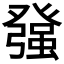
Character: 𭽅